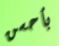
بأحسن